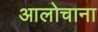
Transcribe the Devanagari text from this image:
आलोचाना